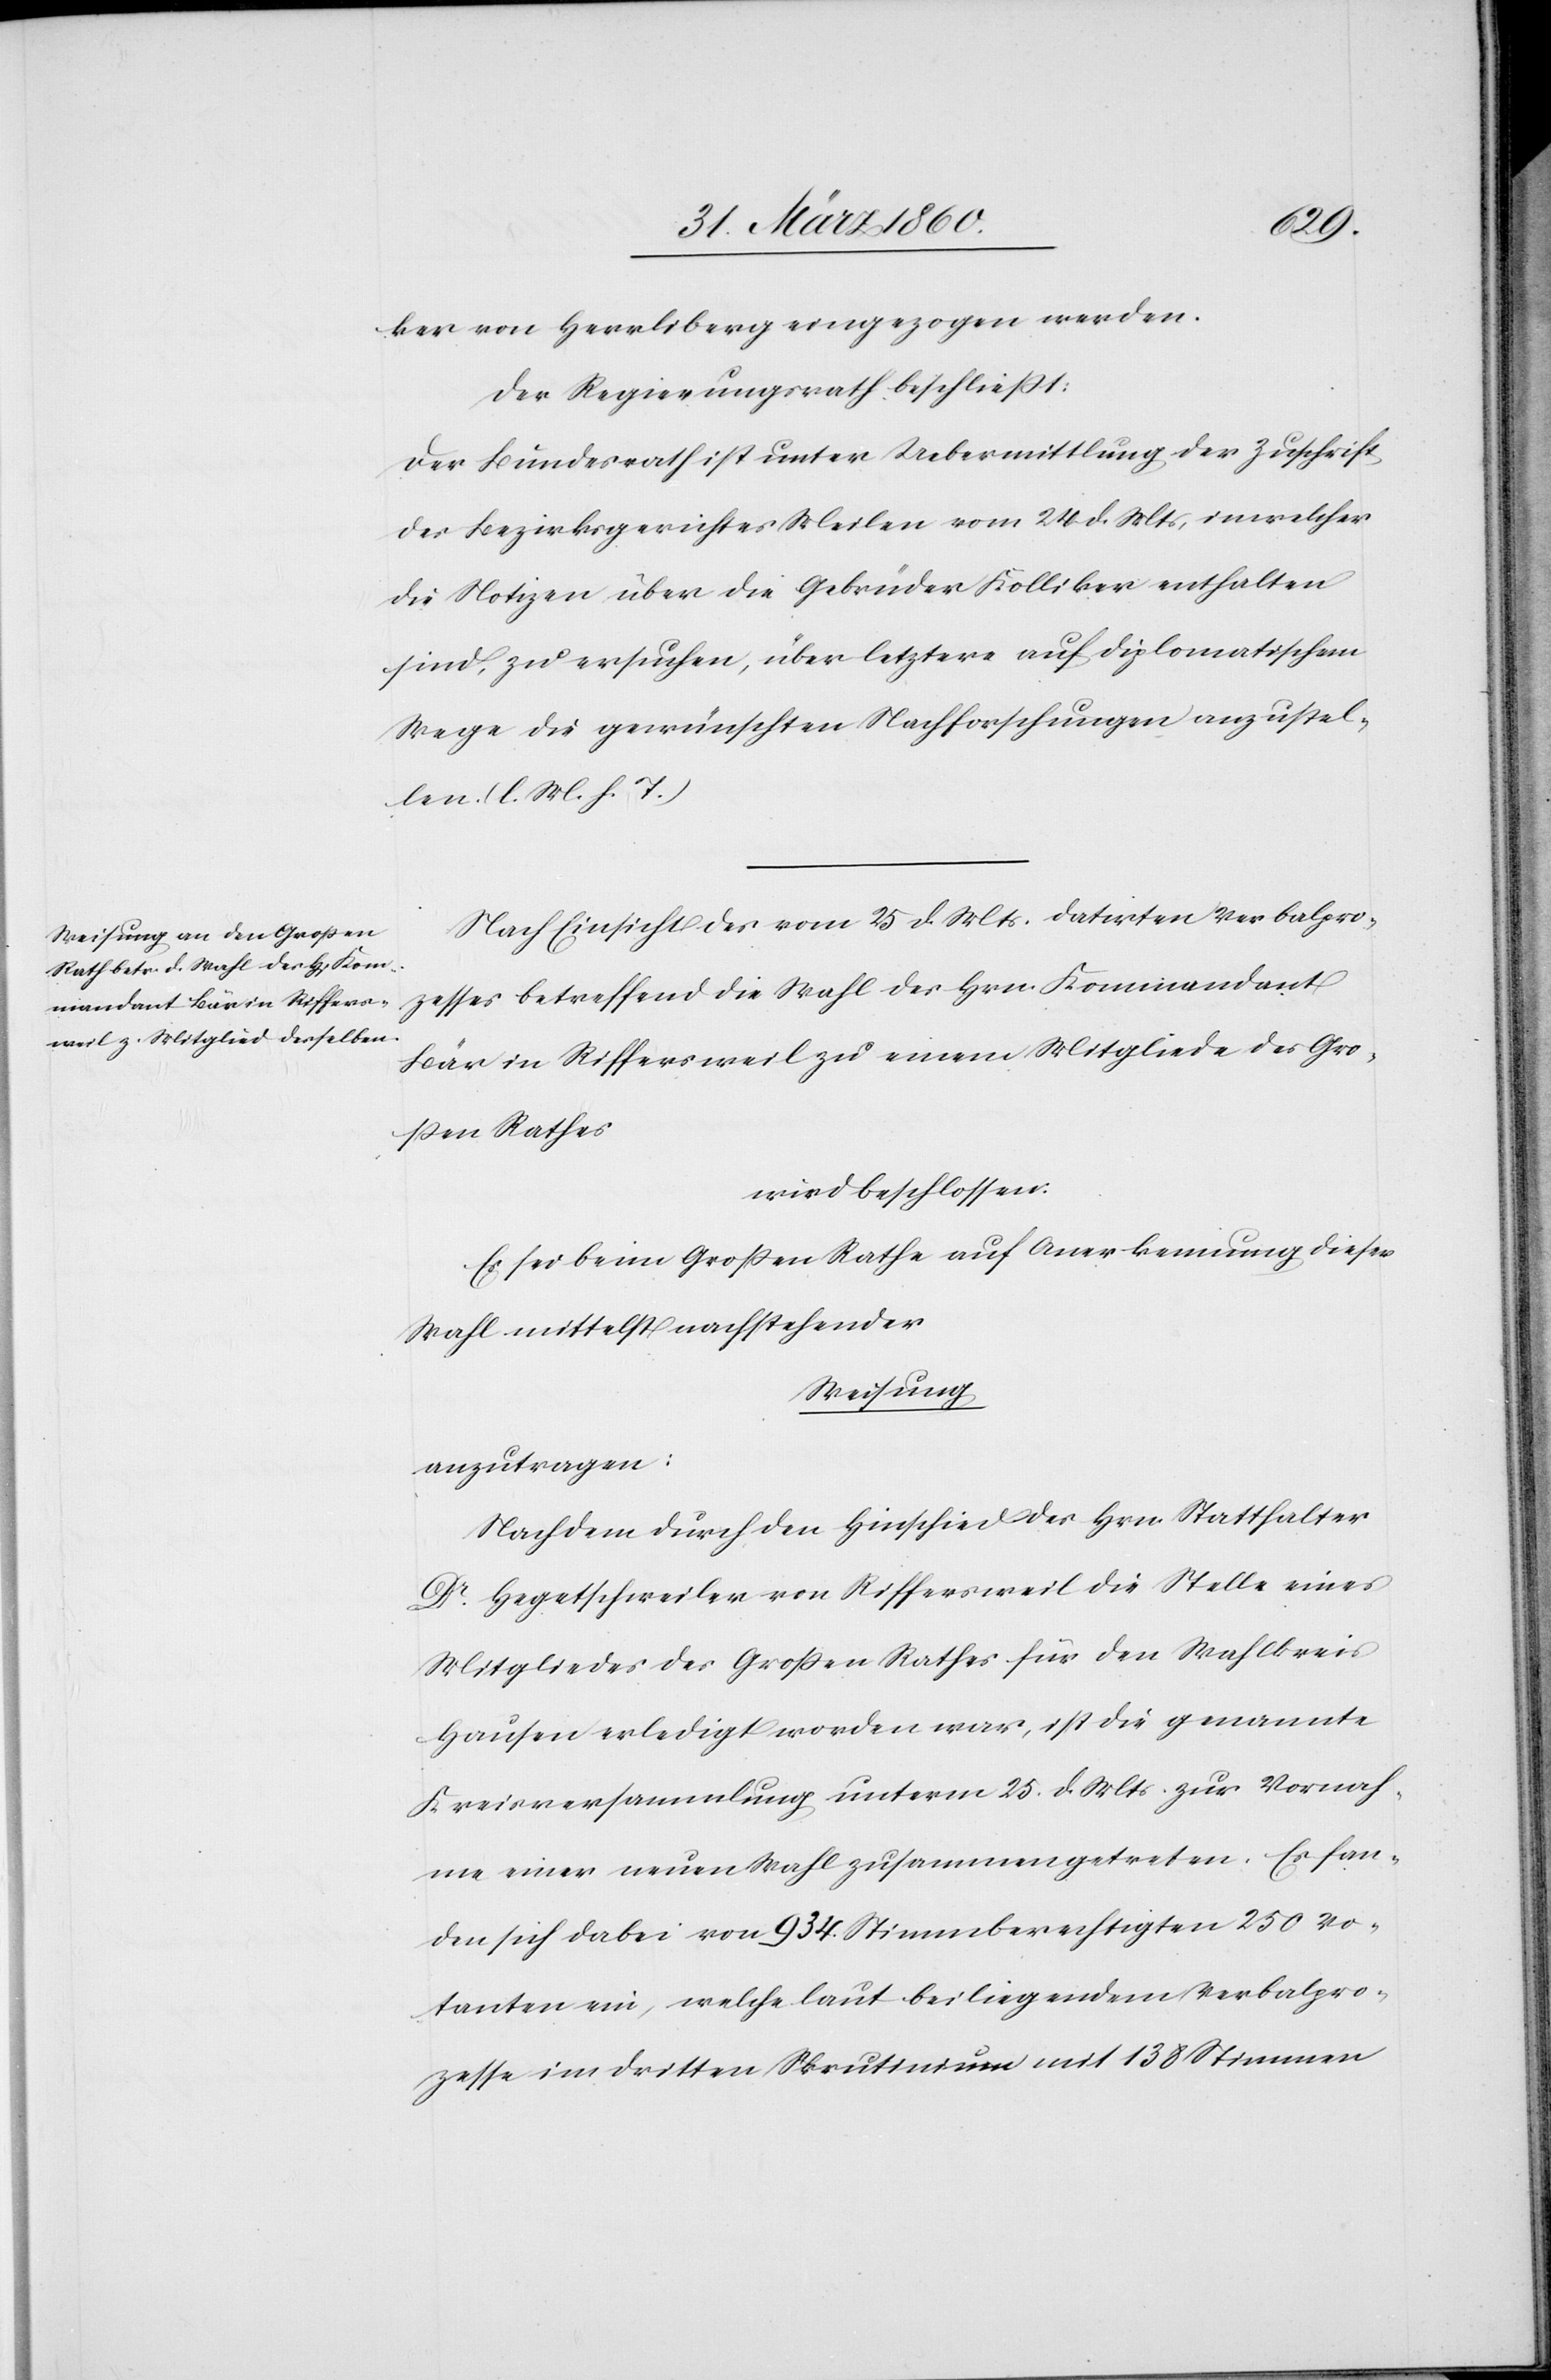
ker von Herrliberg eingezogen werden.
Der Regierungsrath beschliesst.
Der Bundesrath ist unter Uebermittlung der Zuschrift
des Bezirksgerichtes Meilen vom 24.d. Mts, in welcher
die Notizen über die Gebrüder Kölliker enthalten
sind, zu ersuchen, über letztere auf diplomatischem
Wege die gewünschten Nachforschungen anzustel¬
len. [l. M. h. T]
Nach Einsicht des vom 25. de. Mts. datirten Verbalpro¬
zesses betreffend die Wahl des Hrn. Kommandant
Bär in Riffersweil zu einem Mitgliede des Gros¬
sen Rathes
wird beschlossen:
Es sei beim Grossen Rathe auf Anerkennung dieser
Wahl mittelst nachstehender
Weisung
anzutragen:
Nachdem durch den Hinschied des Hrn. Statthalter
Dr Hegetschweiler von Riffersweil die Stelle eines
Mitgliedes des Grossen Rathes für den Wahlkreis
Hausen erledigt worden war, ist die genannte
Kreisversammlung unterm 25. d. Mts. zur Vornah¬
me einer neuen Wahl zusammengetreten. Es fan¬
den sich dabei von 934 Stimmberechtigten 250 Vo¬
tanten ein, welche laut beiliegendem Verbalpro¬
zesse im dritten Skrutinium mit 138 Stimmen